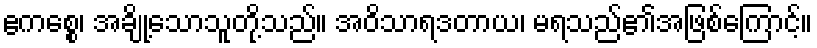
ဧကစ္စေ၊ အချို့သောသူတို့သည်။ အဝိသာရဒတာယ၊ မရသည်၏အဖြစ်ကြောင့်။